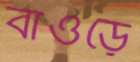
বাঁওড়ে